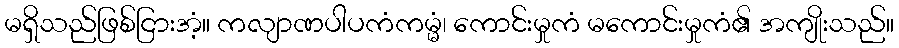
မရှိသည်ဖြစ်ငြားအံ့။ ကလျာဏပါပကံကမ္မံ၊ ကောင်းမှုကံ မကောင်းမှုကံ၏ အကျိုးသည်။